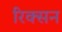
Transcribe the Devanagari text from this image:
रिक्सन